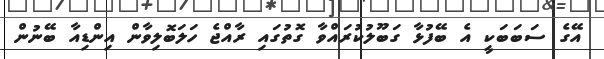
އޭގެ ސަބަބަކީ އެ ބޭފުޅާ ގަބޫލުކުރައްވާ ގޮތުގައި ރާއްޖެ ހަލަބޮލިވާން އިންޑިއާ ބޭނުން